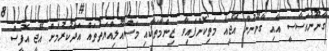
ގާނޫނުއަސާސީ އާއި ގާނޫނުން އޭޖީއާ މަތިކޮށްފައިވާ ޒިންމާތަކާއި މަސްއޫލިއްޔަތުތައް އަދާކުރުމަށް އޭޖީ އޮފީސް